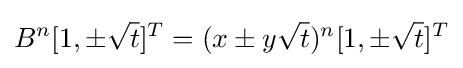
B^{n}[1,\pm {\sqrt {t}}]^{T}=(x\pm y{\sqrt {t}})^{n}[1,\pm {\sqrt {t}}]^{T}